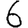
Digit: 6